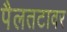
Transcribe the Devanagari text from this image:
पैलतटावर